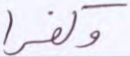
وكفرا